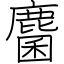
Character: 麕